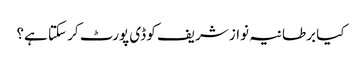
کیا برطانیہ نواز شریف کو ڈی پورٹ کر سکتا ہے؟